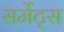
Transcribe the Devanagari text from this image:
सर्मेट्स